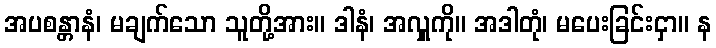
အပစန္တာနံ၊ မချက်သော သူတို့အား။ ဒါနံ၊ အလှူကို။ အဒါတုံ၊ မပေးခြင်းငှာ။ န